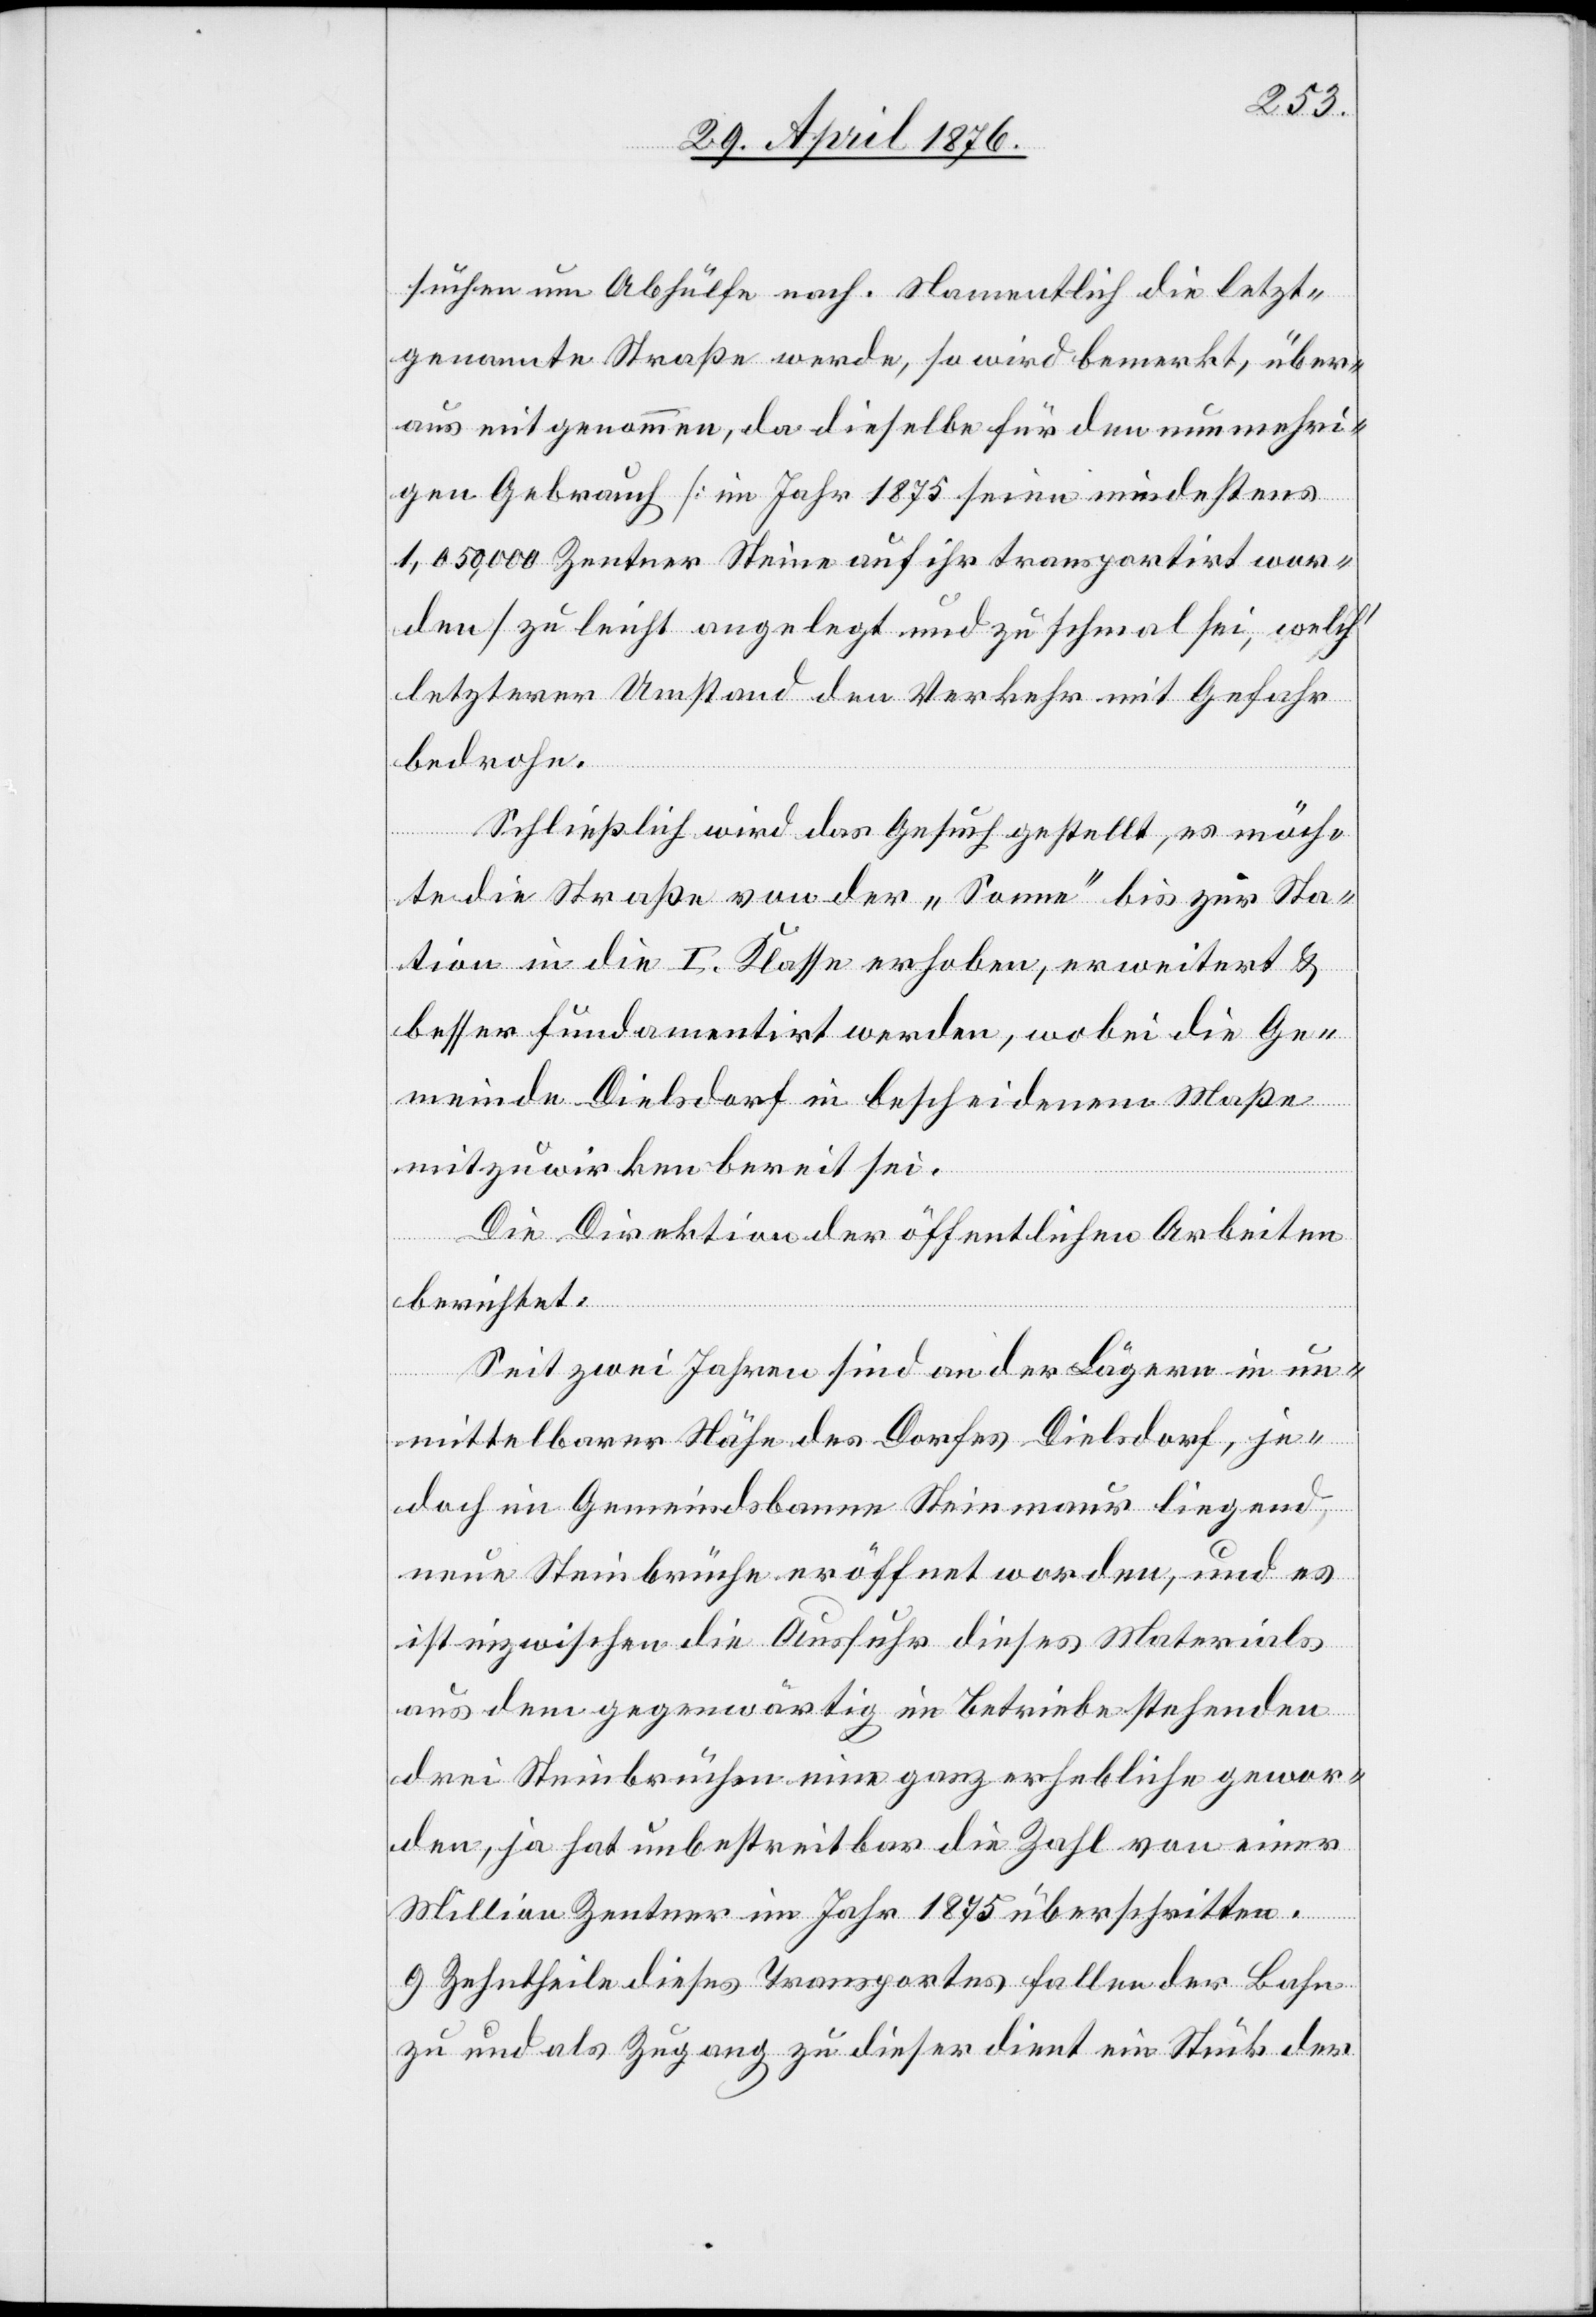
suchen um Abhülfe nach. Namentlich die letzt¬
genannte Straße werde, so wird bemerkt, über¬
aus mitgenommen, da dieselbe für den nunmehri¬
gen Gebrauch [im Jahr 1875 seien mindestens
1,050,000 Zentner Steine auf ihr transportirt wor¬
den] zu leicht angelegt und zu schmal sei, welch’
letzterer Umstand den Verkehr mit Gefahr
bedrohe.
Schließlich wird das Gesuch gestellt, es möch¬
te die Straße von der „Sonne“ bis zur Sta¬
tion in die I. Klasse erhoben, erweitert &
besser fundamentirt werden, wobei die Ge¬
meinde Dielsdorf in bescheidenem Maße
mitzuwirken bereit sei.
Die Direktion der öffentlichen Arbeiten
berichtet:
Seit zwei Jahren sind an der Lägern in un¬
mittelbarer Nähe des Dorfes Dielsdorf, je¬
doch im Gemeindsbanne Steinmaur liegend
neue Steinbrüche eröffnet worden, und es
ist inzwischen die Ausfuhr dieses Material
aus dem gegenwärtig in Betriebe stehenden
drei Steinbrüchen eine ganz erhebliche gewor¬
den, ja hat unbestreitbar die Zahl von einer
Million Zentner im Jahr 1875 überschritten.
9 Zehntheile dieses Transportes fallen der Bahn
zu und als Zugang zu dieser dient ein Stück der